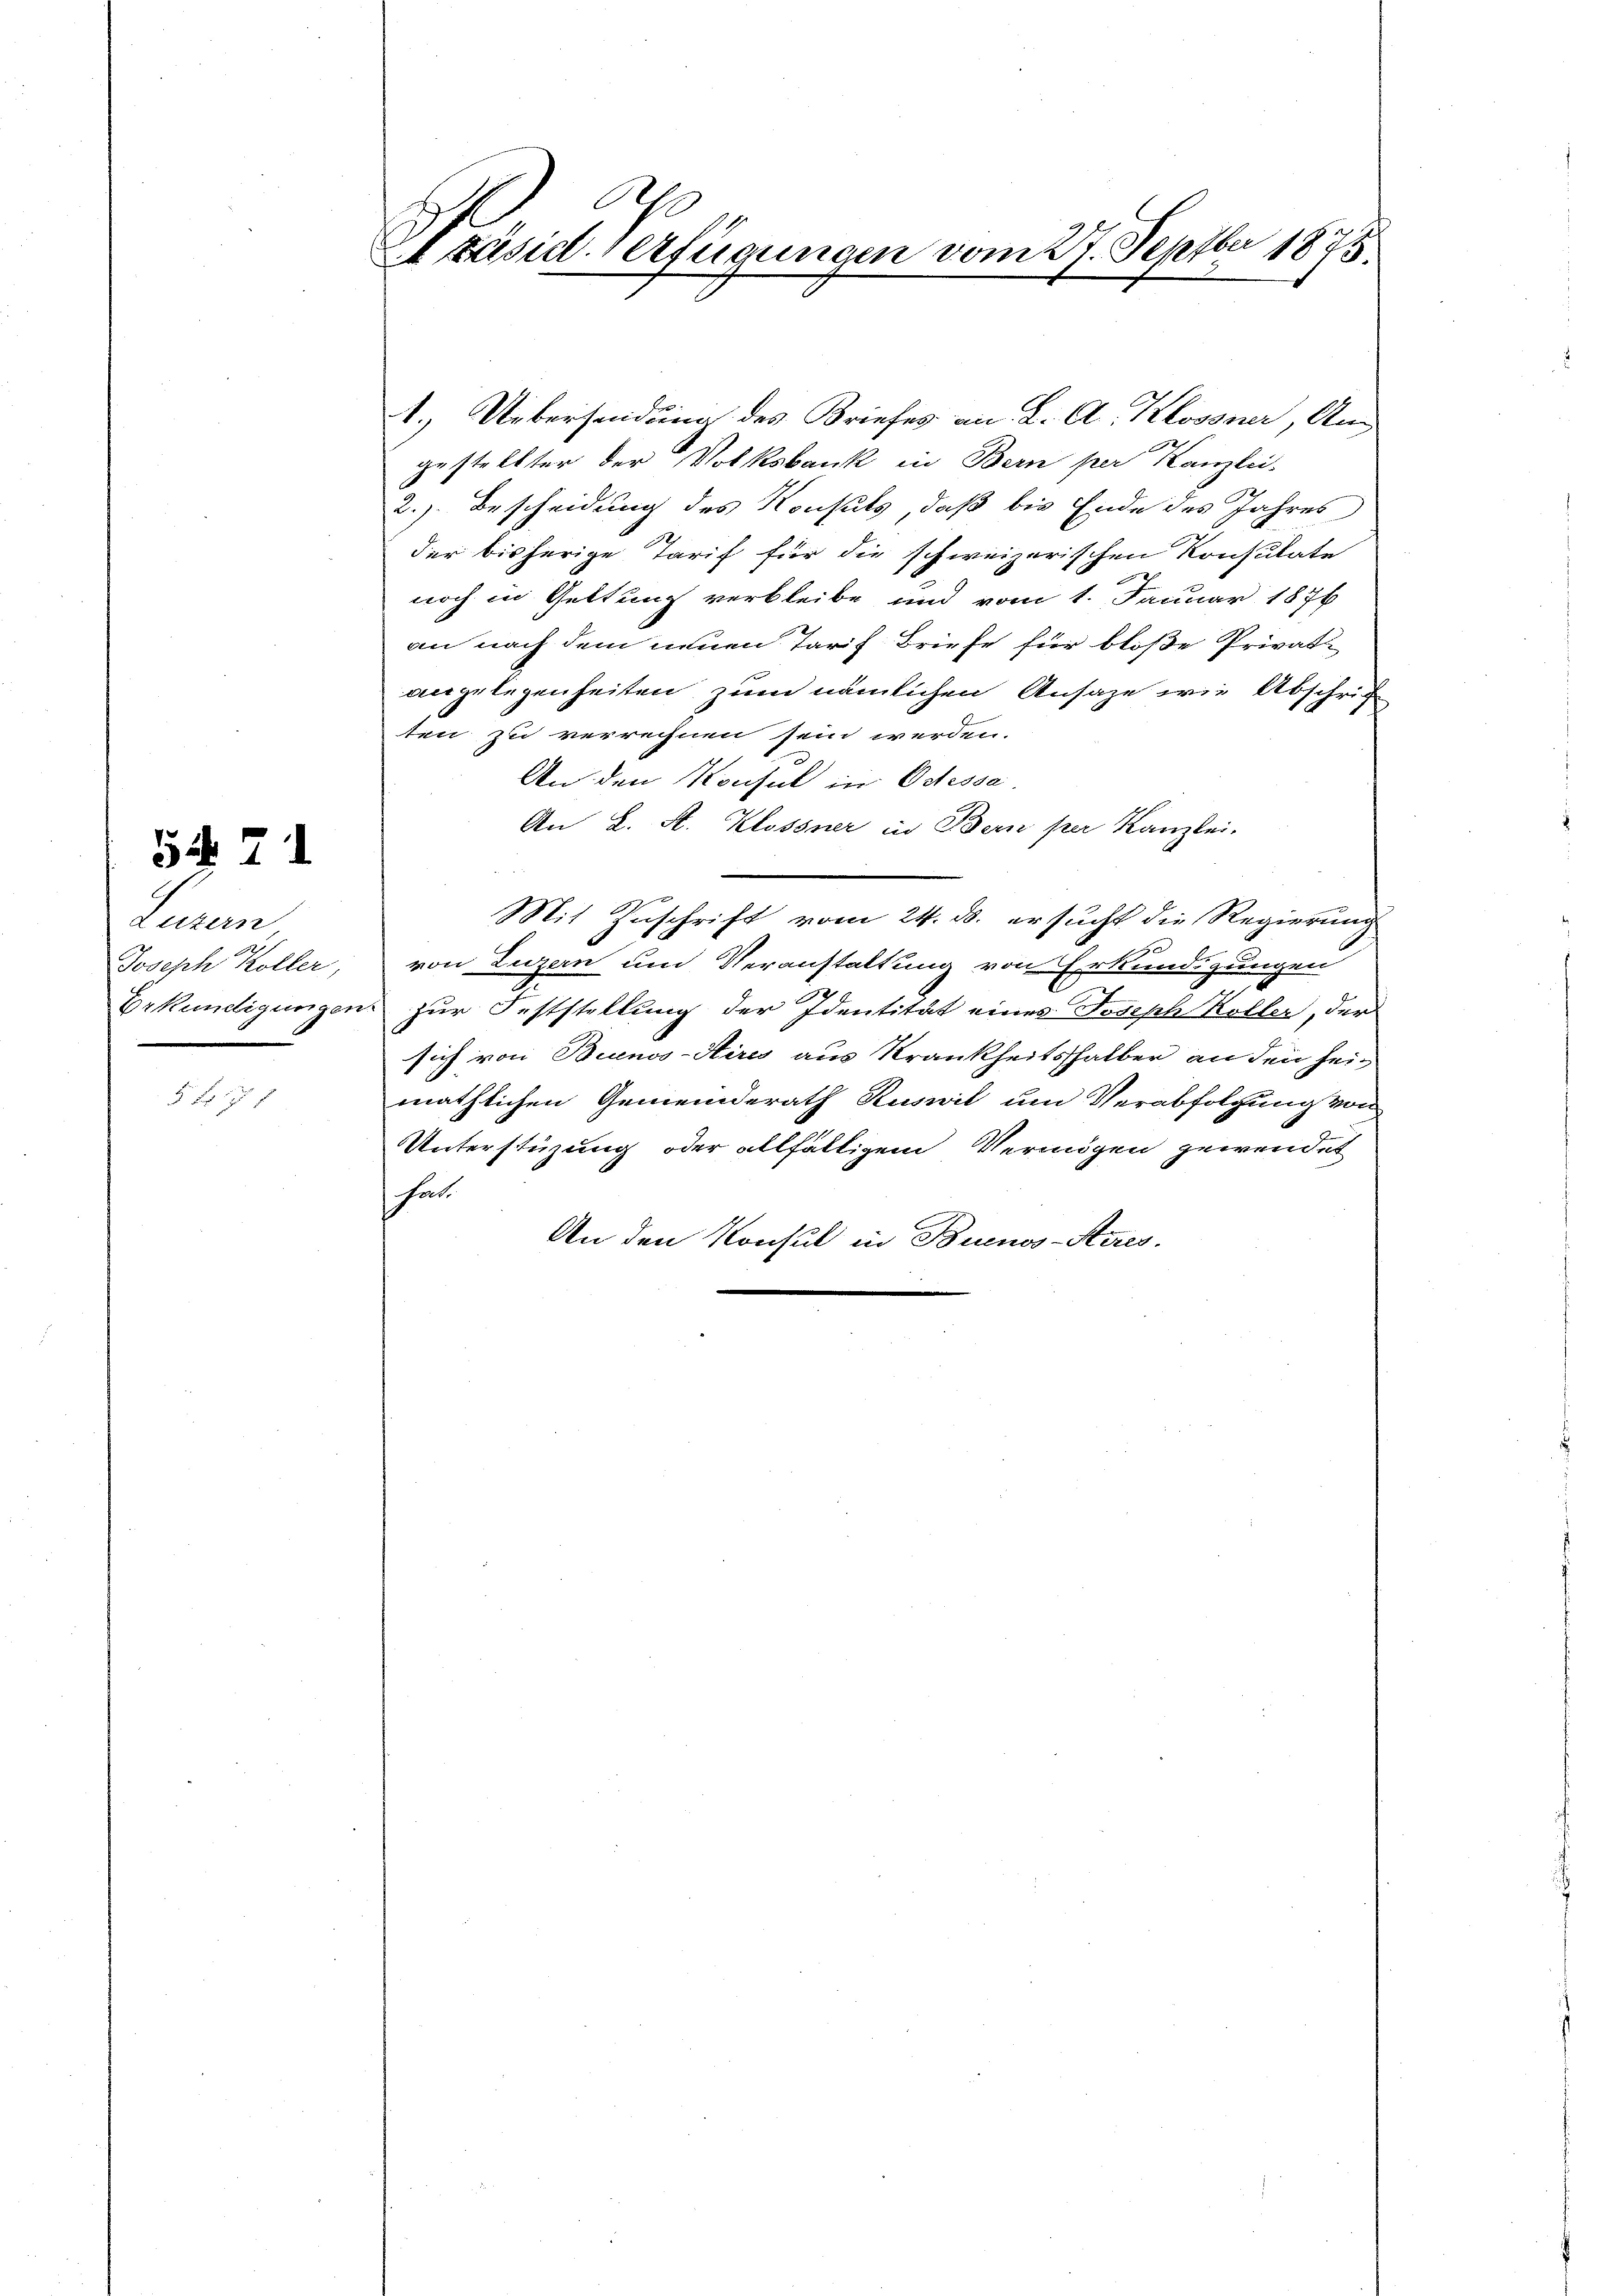
Turan
Joseph Koller,
Erkündigungen

5 Fr. 17 f

54. 71

21 zäsid. verfügungen vom 27. Septbr 1875.
x

1.) Uebersendung des Briefes an L. A. Klossner, Ang
2
gestellter der Volksbank in Bern per Kanzlei-
2.) Bescheidung des Konsuls, daß bis Ende des Jahres
der bisherige Tarif für die schweizerischen Konsulate
noch in Geltung verbleibe und vom 1. Januar 1876
an nach dem neuen Tarif Briefe für bloße Privat-
angelegenheiten zum nämlichen Ansage wie Abschrif
ten zu verrechnen sein werden.
An den Konsul in Ortessa
An L. St. Klossner in Bern per Kanzlei-
s
g
Mit Zuschrift vom 24. ds. ersucht die Regierung
von Luzern um Veranstaltung von Erkundigungen
zur Feststellung der Identität eines Joseph Koller, der
sich von Buenos-Aires aus Krankheitshalber an den seimäthlichen Gemeinderath Ruswil um Verabfolgung von
Unterstüzung oder allfälligem Vermögen gewendet
hat.
An den Konsul in Buenos-Steres.